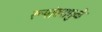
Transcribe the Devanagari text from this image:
रूपांतरामुळे